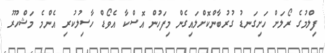
ފިލްމުގެ ރޯލަށް ހަށިގަނޑު ގުރުބާންކޮށްލައިގެން މިފަހުން އޮސްކާ އެވޯޑް ހާސިލުކުރި އެންމެ މަޝްހޫރު